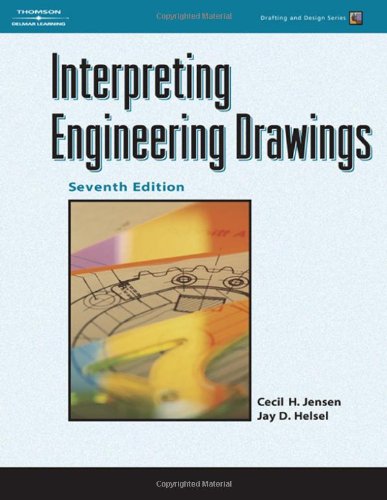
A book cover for Interpreting Engineering Drawings (Drafting and Design); Cecil H. Jensen; Engineering & Transportation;